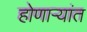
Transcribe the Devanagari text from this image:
होणाऱ्यांत